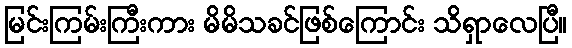
မြင်းကြမ်းကြီးကား မိမိသခင်ဖြစ်ကြောင်း သိရှာလေပြီ။